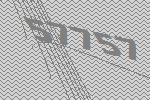
57757